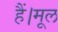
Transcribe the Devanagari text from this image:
हैं।मूल